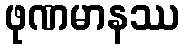
ဖုဏမာနဿ